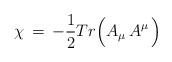
LaTeX: \begin{align*}\chi\,=\,-{1\over 2} Tr \Big( A_\mu \,A^\mu\,\Big)\end{align*}